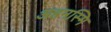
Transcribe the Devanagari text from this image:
अहमस्मि